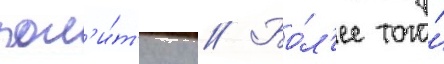
пол'и́т'ику // Бо́л'ее того́